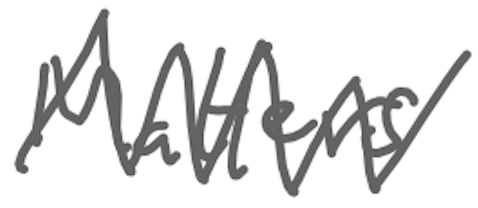
Text: Matters
Cross-out: zig-zag
Writing tool: digital_gray